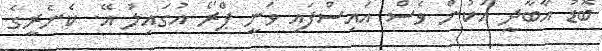
ބޮޑު އާބާދީ އަކުން ވެސް އައިސްފައި ވަނީ ޕްރޯ އުގައިލު އޭ. ކެނެރީގެ